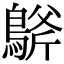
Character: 𪂀